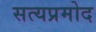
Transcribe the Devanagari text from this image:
सत्यप्रमोद